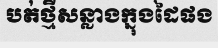
បត់ថ្មីសន្លាងក្នុងដៃផង